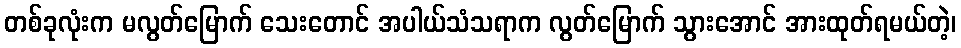
တစ်ခုလုံးက မလွတ်မြောက် သေးတောင် အပါယ်သံသရာက လွတ်မြောက် သွားအောင် အားထုတ်ရမယ်တဲ့၊